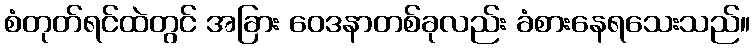
စံတုတ်ရင်ထဲတွင် အခြား ဝေဒနာတစ်ခုလည်း ခံစားနေရသေးသည်။